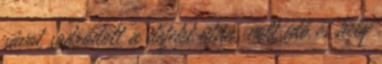
sávot sodródott a defekt után, volt idő és hely